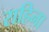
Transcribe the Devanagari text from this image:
राहिना